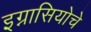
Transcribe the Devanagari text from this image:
इग्नासियोचे